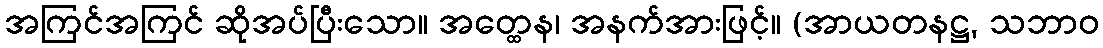
အကြင်အကြင် ဆိုအပ်ပြီးသော။ အတ္ထေန၊ အနက်အားဖြင့်။ (အာယတနဋ္ဌ, သဘာဝ